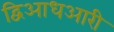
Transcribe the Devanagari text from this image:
द्विआधआरी